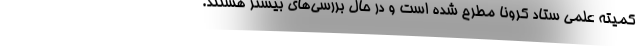
کمیته علمی ستاد کرونا مطرح شده است و در حال بررسی‌های بیشتر هستند.